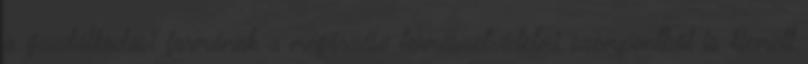
a gazdálkodási formának a megőrzése természetvédelmi szempontból is kiemelt